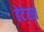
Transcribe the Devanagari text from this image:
हेटेरस